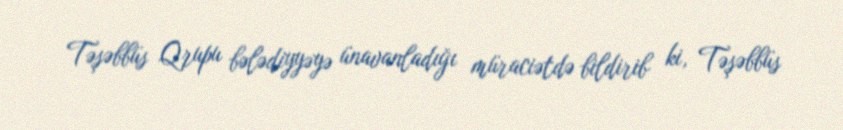
Təşəbbüs Qrupu bələdiyyəyə ünavanladığı müraciətdə bildirib ki, Təşəbbüs